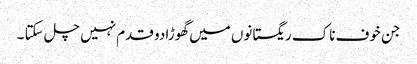
جن خوف ناک ریگستانوں میں گھوڑا دو قدم نہیں چل سکتا ۔